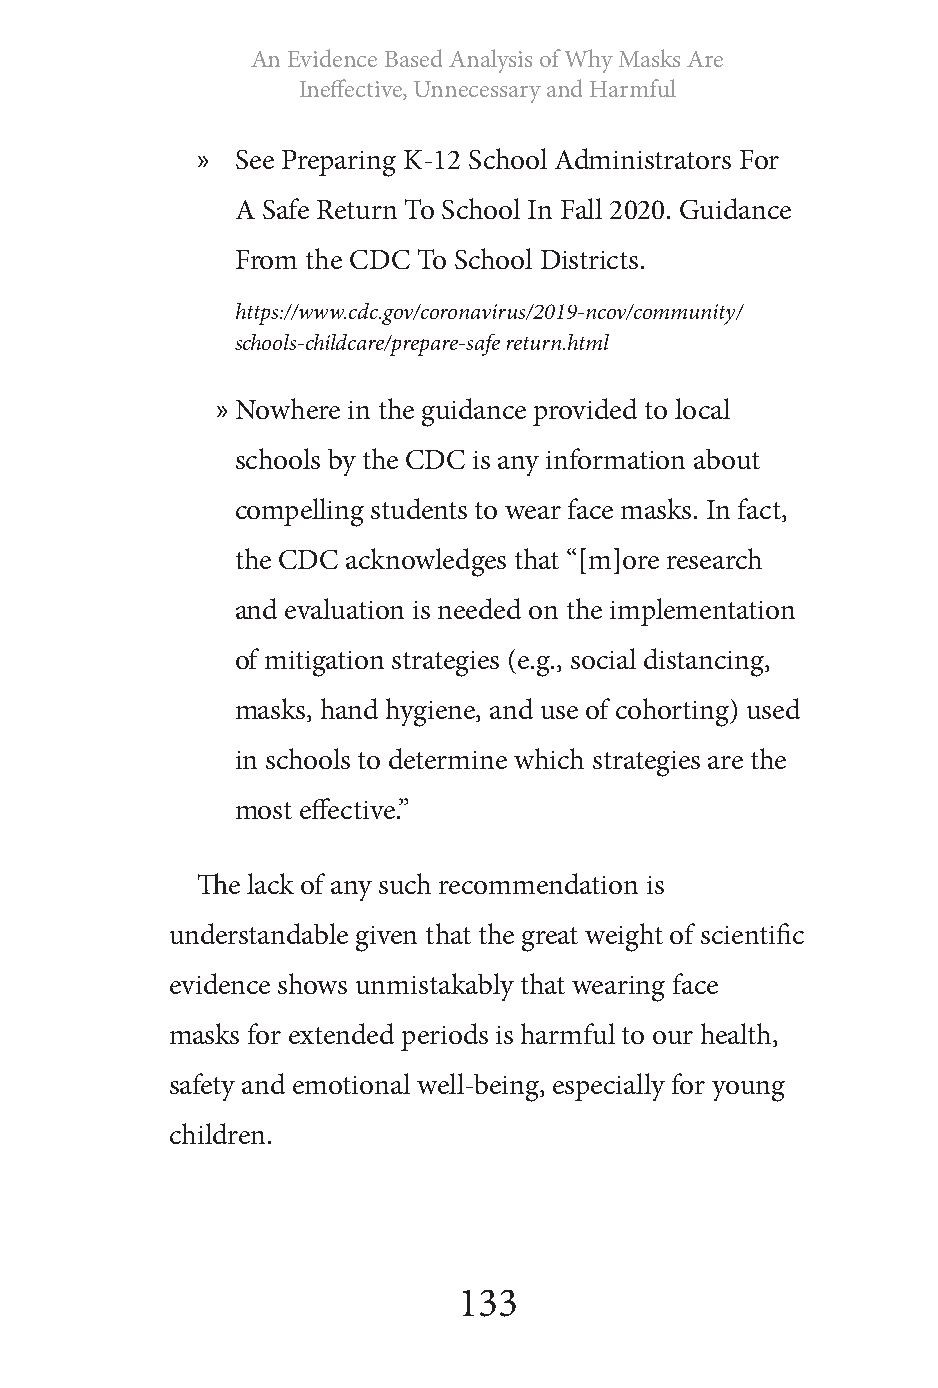
An Evidence Based Analysis of Why Masks Are
 Ineffective, Unnecessary and Harmful
 »  See Preparing K-12 School Administrators For
 A Safe Return To School In Fall 2020. Guidance
 From the CDC To School Districts.
 https://www.cdc.gov/coronavirus/2019-ncov/community/
 schools-childcare/prepare-safe return.html
 » Nowhere in the guidance provided to local
 schools by the CDC is any information about
 compelling students to wear face masks. In fact,
 the CDC acknowledges that “[m]ore research
 and evaluation is needed on the implementation
 of mitigation strategies (e.g., social distancing,
 masks, hand hygiene, and use of cohorting) used
 in schools to determine which strategies are the
 most effective.”
 The lack of any such recommendation is
 understandable given that the great weight of scientific
 evidence shows unmistakably that wearing face
 masks for extended periods is harmful to our health,
 safety and emotional well-being, especially for young
 children.
 133